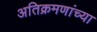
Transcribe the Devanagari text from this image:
अतिक्रमणांच्या